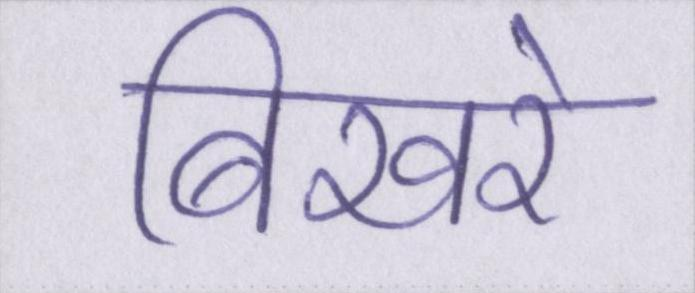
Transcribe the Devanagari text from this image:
बिखरे